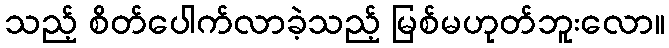
သည့် စိတ်ပေါက်လာခဲ့သည့် မြစ်မဟုတ်ဘူးလော။